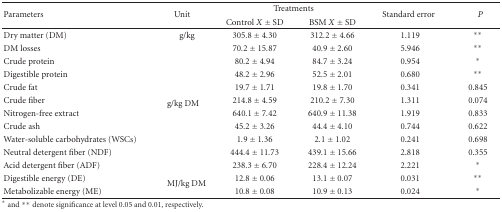
<table><thead><tr><td rowspan="2"><b>Parameters</b></td><td rowspan="2"><b>Unit</b></td><td colspan="2"><b>Treatments</b></td><td rowspan="2"><b> Standard error</b></td><td rowspan="2"><b><i>P</i></b></td></tr><tr><td><b>Control <i>X</i> ± SD</b></td><td><b>BSM <i>X</i> ± SD</b></td></tr></thead><tbody><tr><td>Dry matter (DM)</td><td>g/kg</td><td>305.8 ± 4.30</td><td>312.2 ± 4.66</td><td>1.119</td><td>**</td></tr><tr><td>DM losses</td><td rowspan="10">g/kg DM</td><td>70.2 ± 15.87</td><td>40.9 ± 2.60</td><td>5.946</td><td>**</td></tr><tr><td>Crude protein</td><td>80.2 ± 4.94</td><td>84.7 ± 3.24</td><td>0.954</td><td>*</td></tr><tr><td>Digestible protein</td><td>48.2 ± 2.96</td><td>52.5 ± 2.01</td><td>0.680</td><td>**</td></tr><tr><td>Crude fat</td><td>19.7 ± 1.71</td><td>19.8 ± 1.70</td><td>0.341</td><td>0.845</td></tr><tr><td>Crude fiber</td><td>214.8 ± 4.59</td><td>210.2 ± 7.30</td><td>1.311</td><td>0.074</td></tr><tr><td>Nitrogen-free extract</td><td>640.1 ± 7.42</td><td>640.9 ± 11.38</td><td>1.919</td><td>0.833</td></tr><tr><td>Crude ash</td><td>45.2 ± 3.26</td><td>44.4 ± 4.10</td><td>0.744</td><td>0.622</td></tr><tr><td>Water-soluble carbohydrates (WSCs)</td><td>1.9 ± 1.36</td><td>2.1 ± 1.02</td><td>0.241</td><td>0.698</td></tr><tr><td>Neutral detergent fiber (NDF)</td><td>444.4 ± 11.73</td><td>439.1 ± 15.66</td><td>2.818</td><td>0.355</td></tr><tr><td>Acid detergent fiber (ADF)</td><td>238.3 ± 6.70</td><td>228.4 ± 12.24</td><td>2.221</td><td>*</td></tr><tr><td>Digestible energy (DE)</td><td rowspan="2">MJ/kg DM</td><td>12.8 ± 0.06</td><td>13.1 ± 0.07</td><td>0.031</td><td>**</td></tr><tr><td>Metabolizable energy (ME)</td><td>10.8 ± 0.08</td><td>10.9 ± 0.13</td><td>0.024</td><td>*</td></tr></tbody></table>